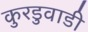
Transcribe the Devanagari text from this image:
कुरडुवाडी